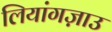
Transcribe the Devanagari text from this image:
लियांगज़ाउ